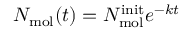
N _ { \mathrm { m o l } } ( t ) = N _ { \mathrm { m o l } } ^ { \mathrm { i n i t } } e ^ { - k t }